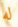
له